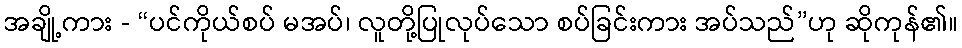
အချို့ကား - “ပင်ကိုယ်စပ် မအပ်၊ လူတို့ပြုလုပ်သော စပ်ခြင်းကား အပ်သည်”ဟု ဆိုကုန်၏။